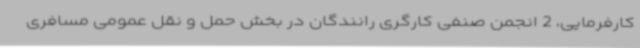
کارفرمایی، 2 انجمن صنفی کارگری رانندگان در بخش حمل و نقل عمومی مسافری